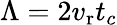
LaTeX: \Lambda=2v_{\mathrm{r}}t_{c}